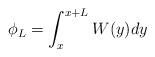
\begin{align*}\phi_L = \int_x^{x+L} W(y) dy \end{align*}